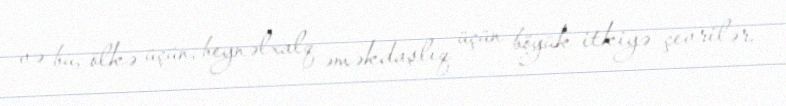
və bu, ölkə üçün, beynəlxalq əməkdaşlıq üçün böyük itkiyə çevrilər.